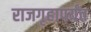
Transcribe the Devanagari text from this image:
राजगृहापर्यंत